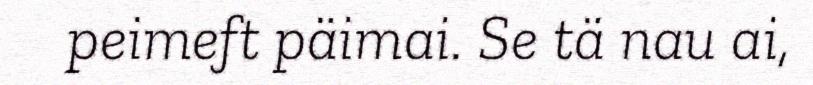
peimeft päimai. Se tä nau ai,